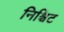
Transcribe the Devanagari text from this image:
निश्चिट